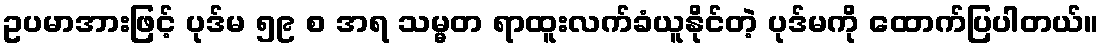
ဥပမာအားဖြင့် ပုဒ်မ ၅၉ စ အရ သမ္မတ ရာထူးလက်ခံယူနိုင်တဲ့ ပုဒ်မကို ထောက်ပြပါတယ်။